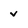
Character: v